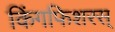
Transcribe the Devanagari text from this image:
किंगफिशरस्